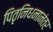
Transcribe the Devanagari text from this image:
पितृनिधनानंतर